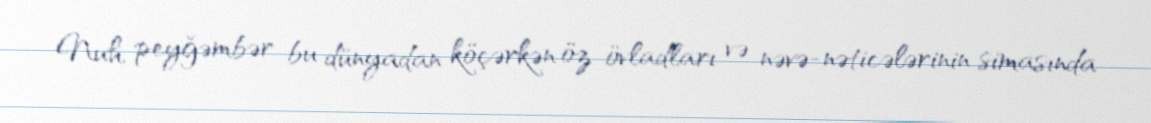
Nuh peyğəmbər bu dünyadan köçərkən öz övladları və nəvə-nəticələrinin simasında